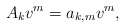
\begin{align*} A_kv^m=a_{k,m}v^m,\end{align*}